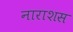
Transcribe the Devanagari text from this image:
नाराशस